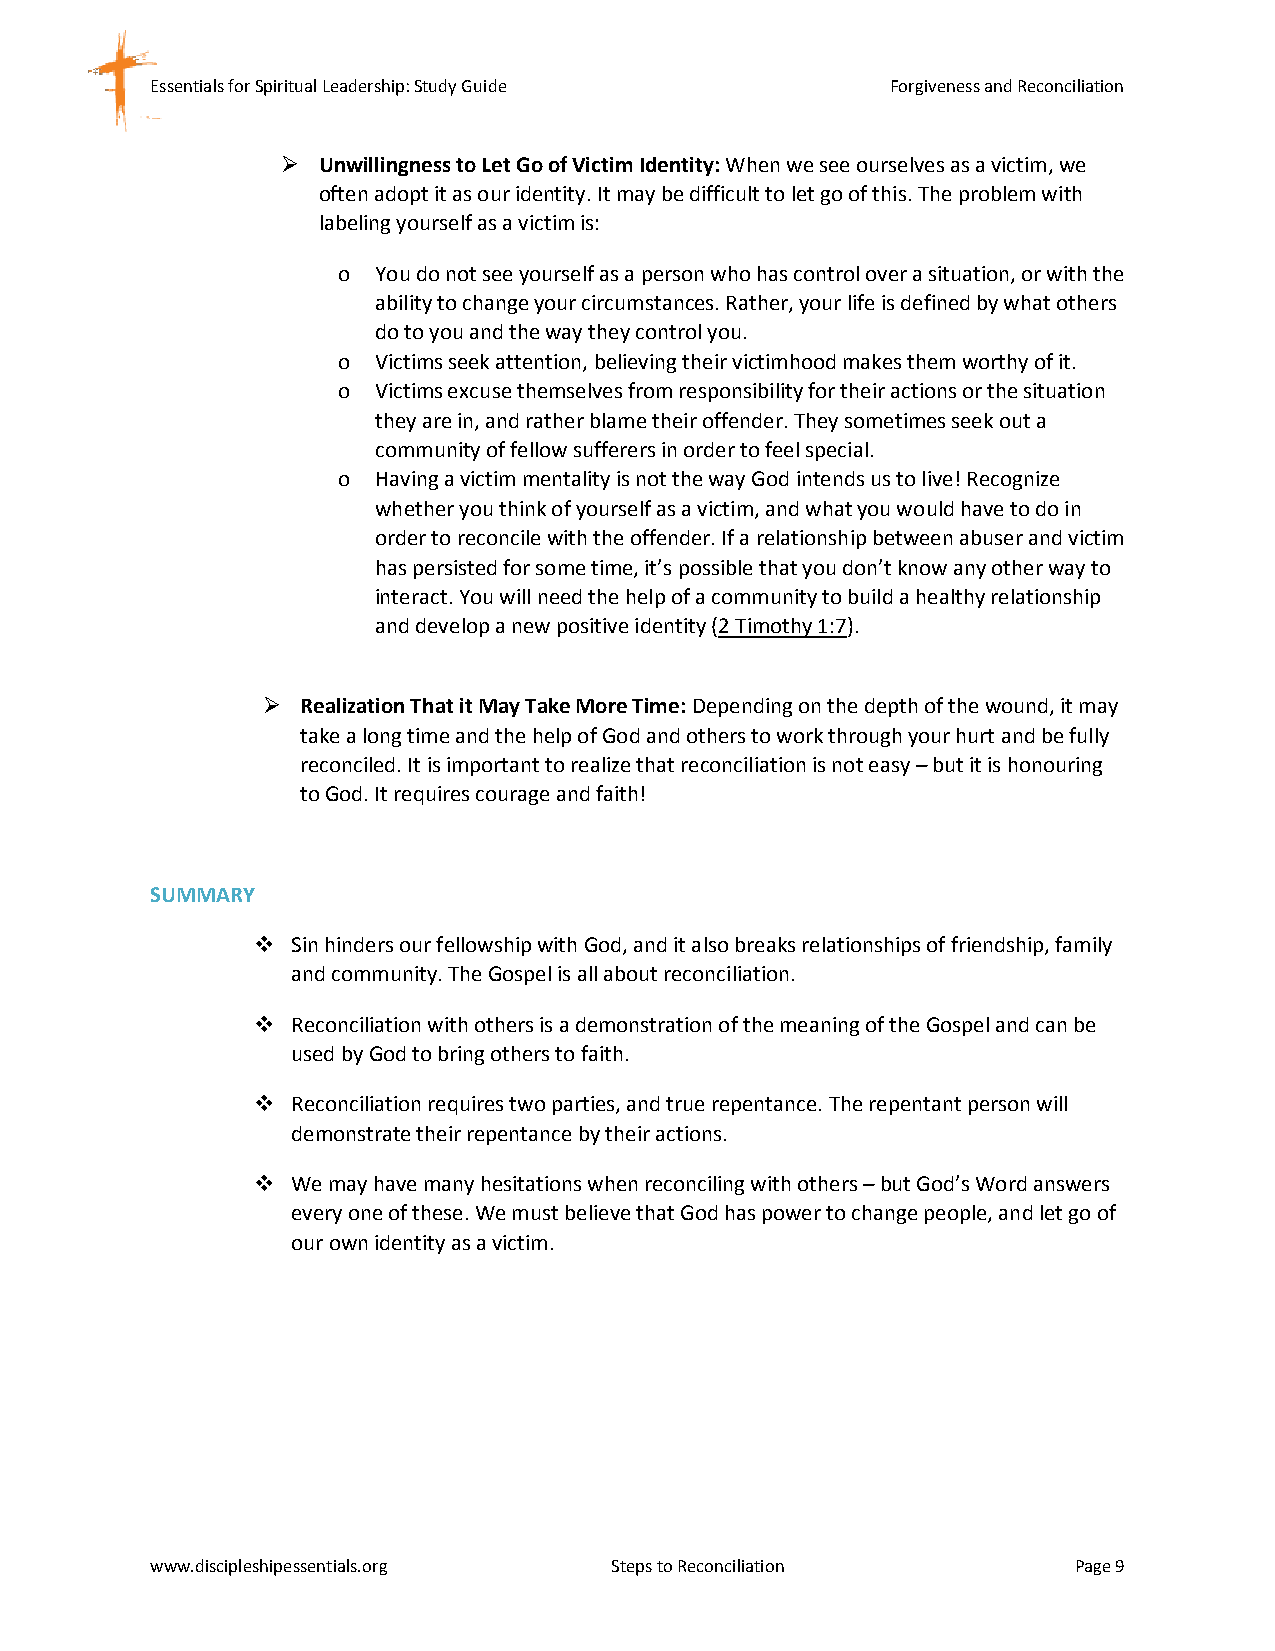
Essentials for Spiritual Leadership: Study Guide Forgiveness and Reconciliation
  Unwillingness to Let Go of Victim Identity: When we see ourselves as a victim, we
 often adopt it as our identity. It may be difficult to let go of this. The problem with
 labeling yourself as a victim is:
 o  You do not see yourself as a person who has control over a situation, or with the
 ability to change your circumstances. Rather, your life is defined by what others
 do to you and the way they control you.
 o  Victims seek attention, believing their victimhood makes them worthy of it.
 o  Victims excuse themselves from responsibility for their actions or the situation
 they are in, and rather blame their offender. They sometimes seek out a
 community of fellow sufferers in order to feel special.
 o  Having a victim mentality is not the way God intends us to live! Recognize
 whether you think of yourself as a victim, and what you would have to do in
 order to reconcile with the offender. If a relationship between abuser and victim
 has persisted for some time, it’s possible that you don’t know any other way to
 interact. You will need the help of a community to build a healthy relationship
 and develop a new positive identity (2 Timothy 1:7).
   Realization That it May Take More Time: Depending on the depth of the wound, it may
 take a long time and the help of God and others to work through your hurt and be fully
 reconciled. It is important to realize that reconciliation is not easy – but it is honouring
 to God. It requires courage and faith!
 SUMMARY
  Sin hinders our fellowship with God, and it also breaks relationships of friendship, family
 and community. The Gospel is all about reconciliation.
  Reconciliation with others is a demonstration of the meaning of the Gospel and can be
 used by God to bring others to faith.
  Reconciliation requires two parties, and true repentance. The repentant person will
 demonstrate their repentance by their actions.
  We may have many hesitations when reconciling with others – but God’s Word answers
 every one of these. We must believe that God has power to change people, and let go of
 our own identity as a victim.
 www.discipleshipessentials.org Steps to Reconciliation       Page 9